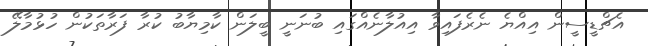
އެޗްޑީސީން އިއްޔެ ނެރެފައިވާ އިއުލާނެއްގައި ބުނަނީ ބީލަން ކާމިޔާބު ކުރާ ފަރާތަކުން ހުޅުމާލޭ